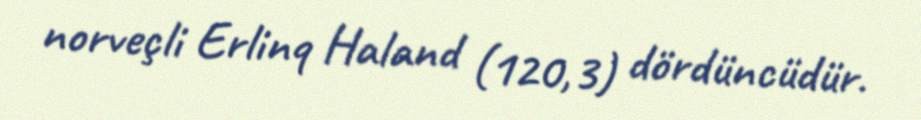
norveçli Erlinq Haland (120,3) dördüncüdür.